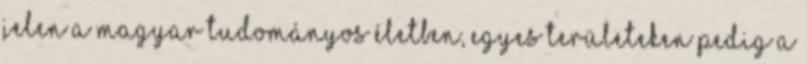
jelen a magyar tudományos életben, egyes területeken pedig a